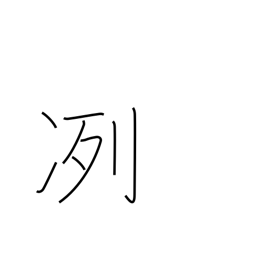
Meaning: cold